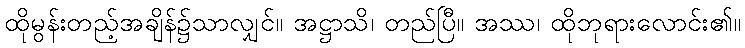
ထိုမွန်းတည့်အချိန်၌သာလျှင်။ အဋ္ဌာသိ၊ တည်ပြီ။ အဿ၊ ထိုဘုရားလောင်း၏။